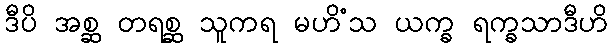
ဒီပိ အစ္ဆ တရစ္ဆ သူကရ မဟိံသ ယက္ခ ရက္ခသာဒီဟိ